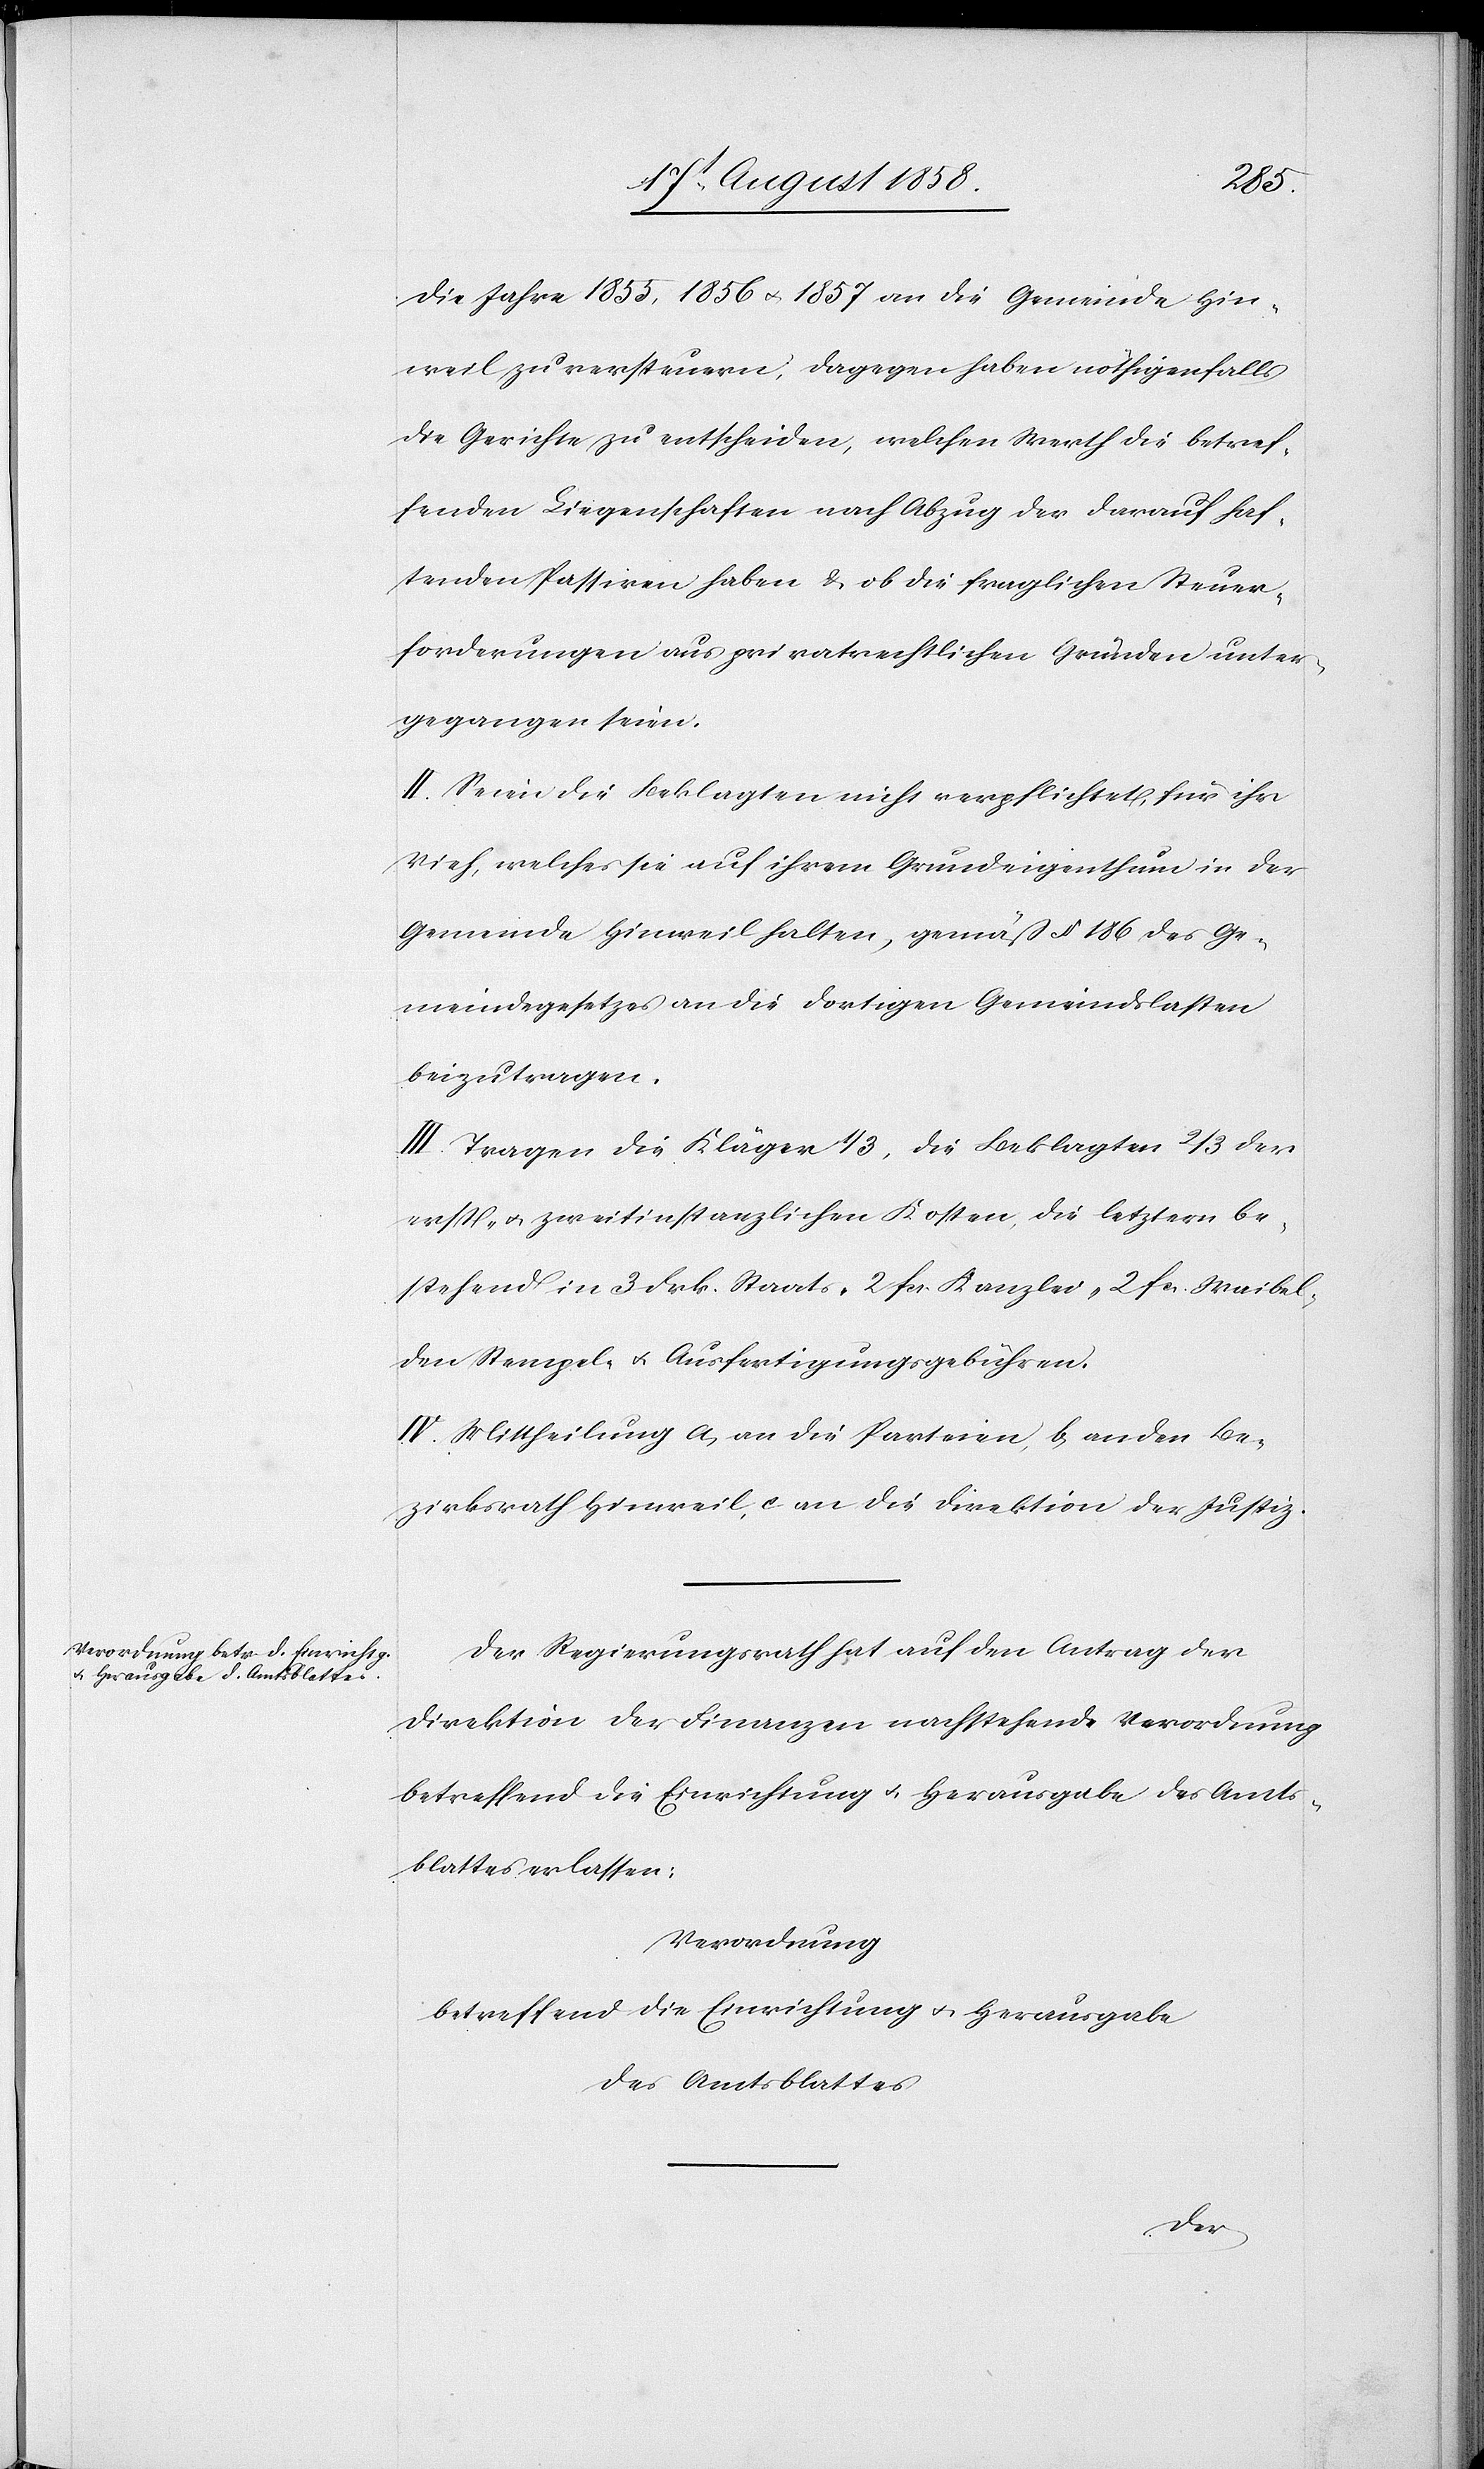
die Jahre 1855, 1856 & 1857 an die Gemeinde Hin¬
weil zu versteuern; dagegen haben nöthigenfalls
die Gerichte zu entscheiden, welchen Werth die betref¬
fenden Liegenschaften nach Abzug der darauf haf¬
tenden Passiven haben & ob die fraglichen Steuer¬
forderungen aus privatrechtlichen Gründen unter¬
gegangen seien.
II. Seien die Beklagten nicht verpflichtet, für ihr
Vieh, welches sie auf ihrem Grundeigenthum in der
Gemeinde Hinweil halten, gemäß § 186 des Ge¬
meindegesetzes an die dortigen Gemeindslasten
beizutragen.
III. Tragen die Kläger 1/3, die Beklagten 2/3 der
erst- & zweitinstanzlichen Kosten, die letztern be¬
stehend in 3 Frk. Staats-[,] 2 fcs. Kanzlei-[,] 2 fcs. Waibel-[,]
den Stempel- & Ausfertigungsgebühren.
IV. Mittheilung a) an die Parteien, b) an den Be¬
zirksrath Hinweil, c an die Direktion der Justiz.
Der Regierungsrath hat auf den Antrag der
Direktion der Finanzen nachstehende Verordnung
betreffend die Einrichtung & Herausgabe des Amts¬
blattes erlassen:
Verordnung
betreffend die Einrichtung & Herausgabe
des Amtsblattes